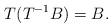
LaTeX: \begin{align*}T(T^{-1} B ) = B.\end{align*}